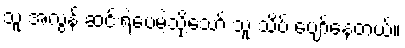
သူ အလွန် ဆင်းရဲပေမဲ့သို့သော် သူ သိပ် ပျော်နေတယ်။